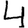
Digit: 4